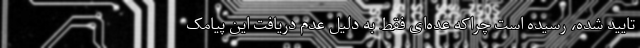
تایید شده، رسیده‌ است چراکه عده‌ای فقط به دلیل عدم دریافت این پیامک